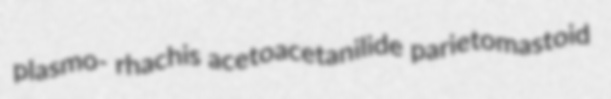
plasmo- rhachis acetoacetanilide parietomastoid